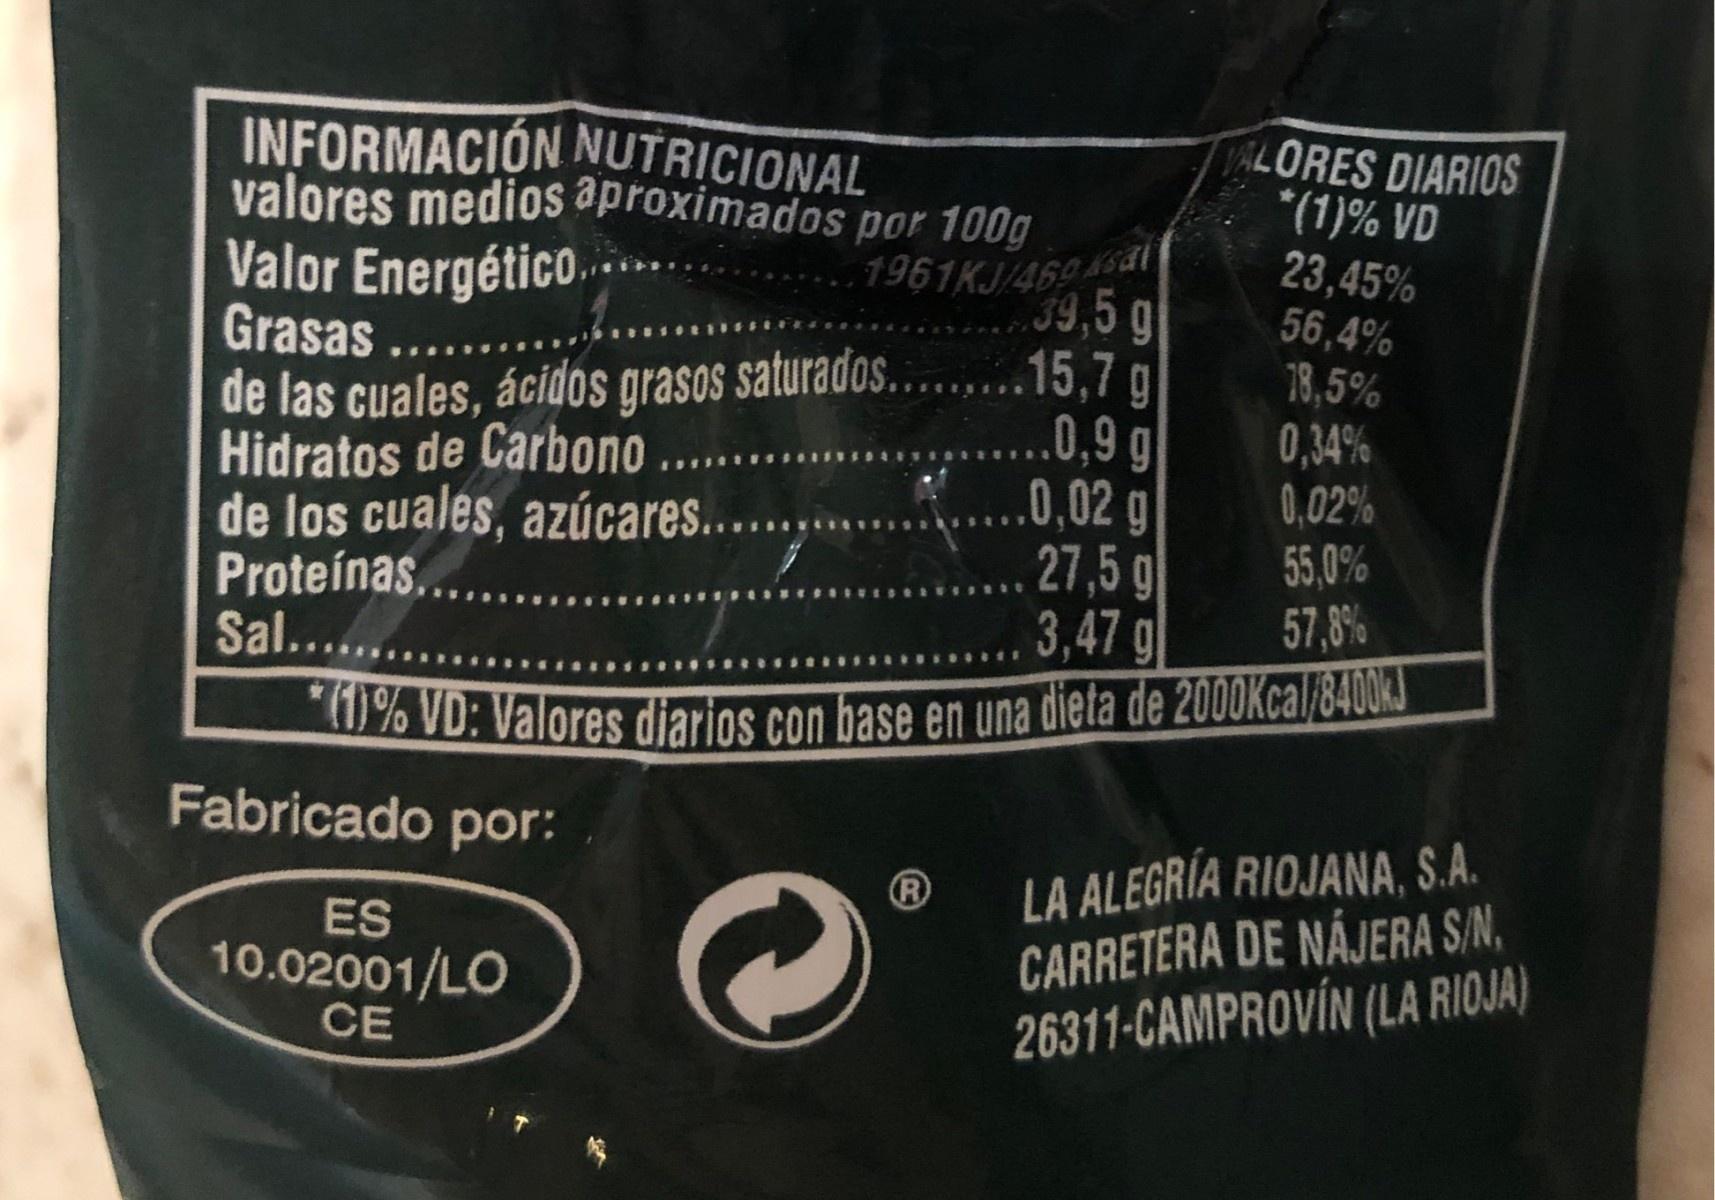
ALORES DIARIOS *(1)% VD 23,45% 56,4% INFORMACIÓN NUTRICIONAL valores medios aproximados por 100g Valor Energético. Grasas .... de las cuales, ácidos grasos saturados.....15,7 g Hidratos de Carbono ... de los cuales, azúcares... Proteínas. Sal.... 0% VD: Valores diarios con base en una dieta de 2000Kcal/8400KJ 1961KJ/4694i 39,5 g .0,9 g .0,02g 27,5 g 3,47 g 18,5% 0,34% 0,02% 55,0% 57,8% Fabricado por: LA ALEGRÍA RIOJANA, S.A. CARRETERA DE NÁJERA S/N, 26311-CAMPROVÍN (LA RIOJA) ES 10.02001/LO CE